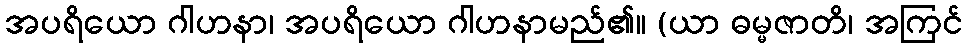
အပရိယော ဂါဟနာ၊ အပရိယော ဂါဟနာမည်၏။ (ယာ ဓမ္မဇာတိ၊ အကြင်